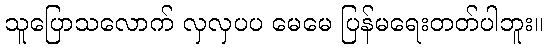
သူပြောသလောက် လှလှပပ မေမေ ပြန်မရေးတတ်ပါဘူး။